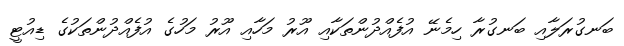
ބަނގުރަލާއި ބަނގުރާ ހިމެނޭ އުފެއްދުންތަކާއި އޫރު މަހާއި އޫރު މަހުގެ އުފެއްދުންތަކުގެ ޑިއުޓީ